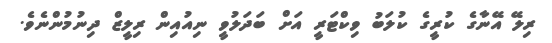
ރިލޭ އޭނާގެ ކުރީގެ ކުލަބު ވިކްޓަރީ އަށް ބަދަލުވީ ނިއުއިން ރިލީޒް ދިނުމުންނެވެ.